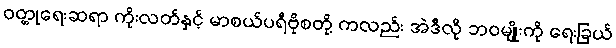
ဝတ္တုရေးဆရာ ကိုးလတ်နှင့် မာစယ်ပရီဗိုစတို့ ကလည်း အဲဒီလို ဘဝမျိုးကို ရေးခြယ်